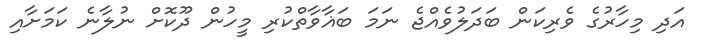
އަދި މިހާރުގެ ވެރިކަން ބަދަލުވެއްޖެ ނަމަ ބަޣާވާތްކުރި މީހުން ދޫކޮށް ނުލާނެ ކަމަށާއި